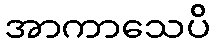
အာကာသေပိ